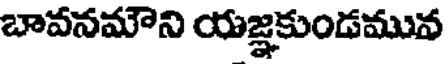
బావనమౌని యజ్ఞకుండమువ